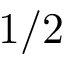
1 / 2